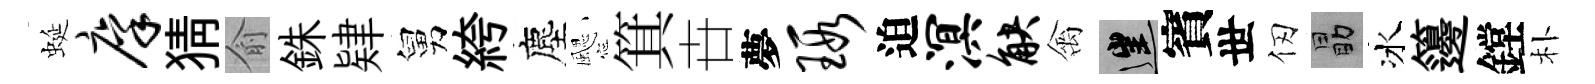
蜒廪猜俞銖肄舅絝塵颸箕卋夢瑕迫溟觖禽往賓世仞勗冰籩鏜朴